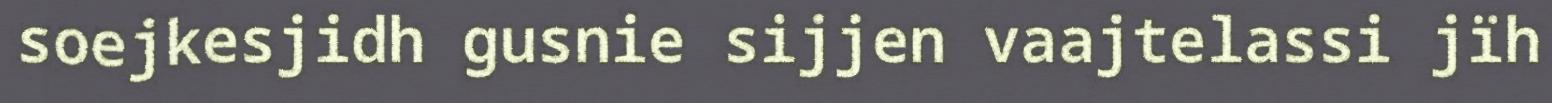
soejkesjidh gusnie sijjen vaajtelassi jïh